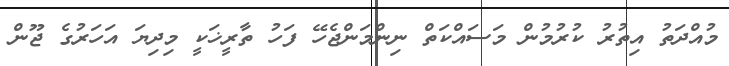
މުއްދަތު އިތުރު ކުރުމުން މަސައްކަތް ނިންމަންޖެހޭ ފަހު ތާރީޚަކީ މިދިޔަ އަހަރުގެ ޖޫން